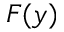
F ( y )